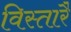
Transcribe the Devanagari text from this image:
विस्तारै